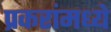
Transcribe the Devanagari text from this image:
प्रकरांमध्ये